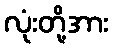
လုံးတို့အား